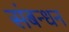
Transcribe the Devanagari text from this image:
संबन्धन